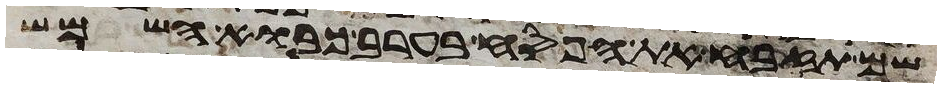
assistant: שם תזבח את הפסח בערב כבוא השמש